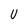
Character: U